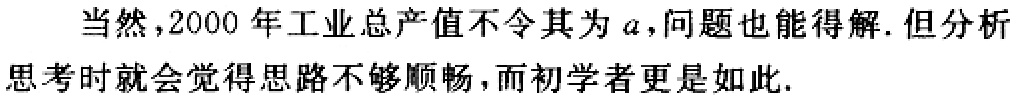
当然，2000 年工业总产值不令其为 \(a\)，问题也能得解. 但分析思考时就会觉得思路不够顺畅，而初学者更是如此.